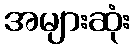
အများဆုံး